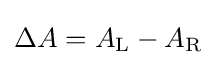
\Delta A=A_{\mathrm {L} }-A_{\mathrm {R} }